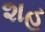
શહ